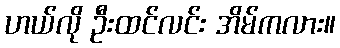
ဟယ်လို ဦးထင်လင်း အိမ်ကလား။